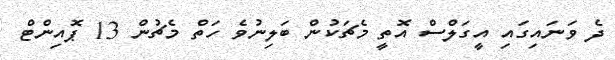
ދެ ވަނައިގައި އީގަލްސް އޮތީ މެޗަކުން ބަލިނުވެ ހަތް މެޗުން 13 ޕޮއިންޓް